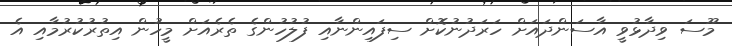
މޫސަ ވިދާޅުވީ އާސަންދައަށް ހަރަދުނުކޮށް ސިފައިންނާއި ފުލުހުންގެ ތެރެއަށް މީހުން އިތުރުކުރުމާއި އެ